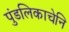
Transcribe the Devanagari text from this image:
पुंडलिकाचेनि